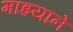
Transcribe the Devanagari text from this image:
माझ्याने